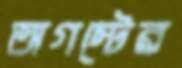
অগস্টের